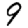
Digit: 9